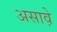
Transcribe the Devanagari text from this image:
असाव़े